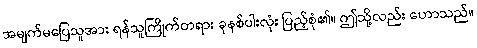
အမျက်မပြေသူအား ရန်သူကြိုက်တရား ခုနစ်ပါးလုံး ပြည့်စုံ၏။ ဤသို့လည်း ဟောသည်။